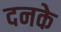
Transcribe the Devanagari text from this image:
दनके